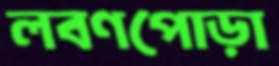
লবণপোড়া